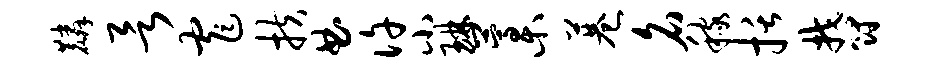
麟欲窄扶曲许小琳藁巷名稼括郁